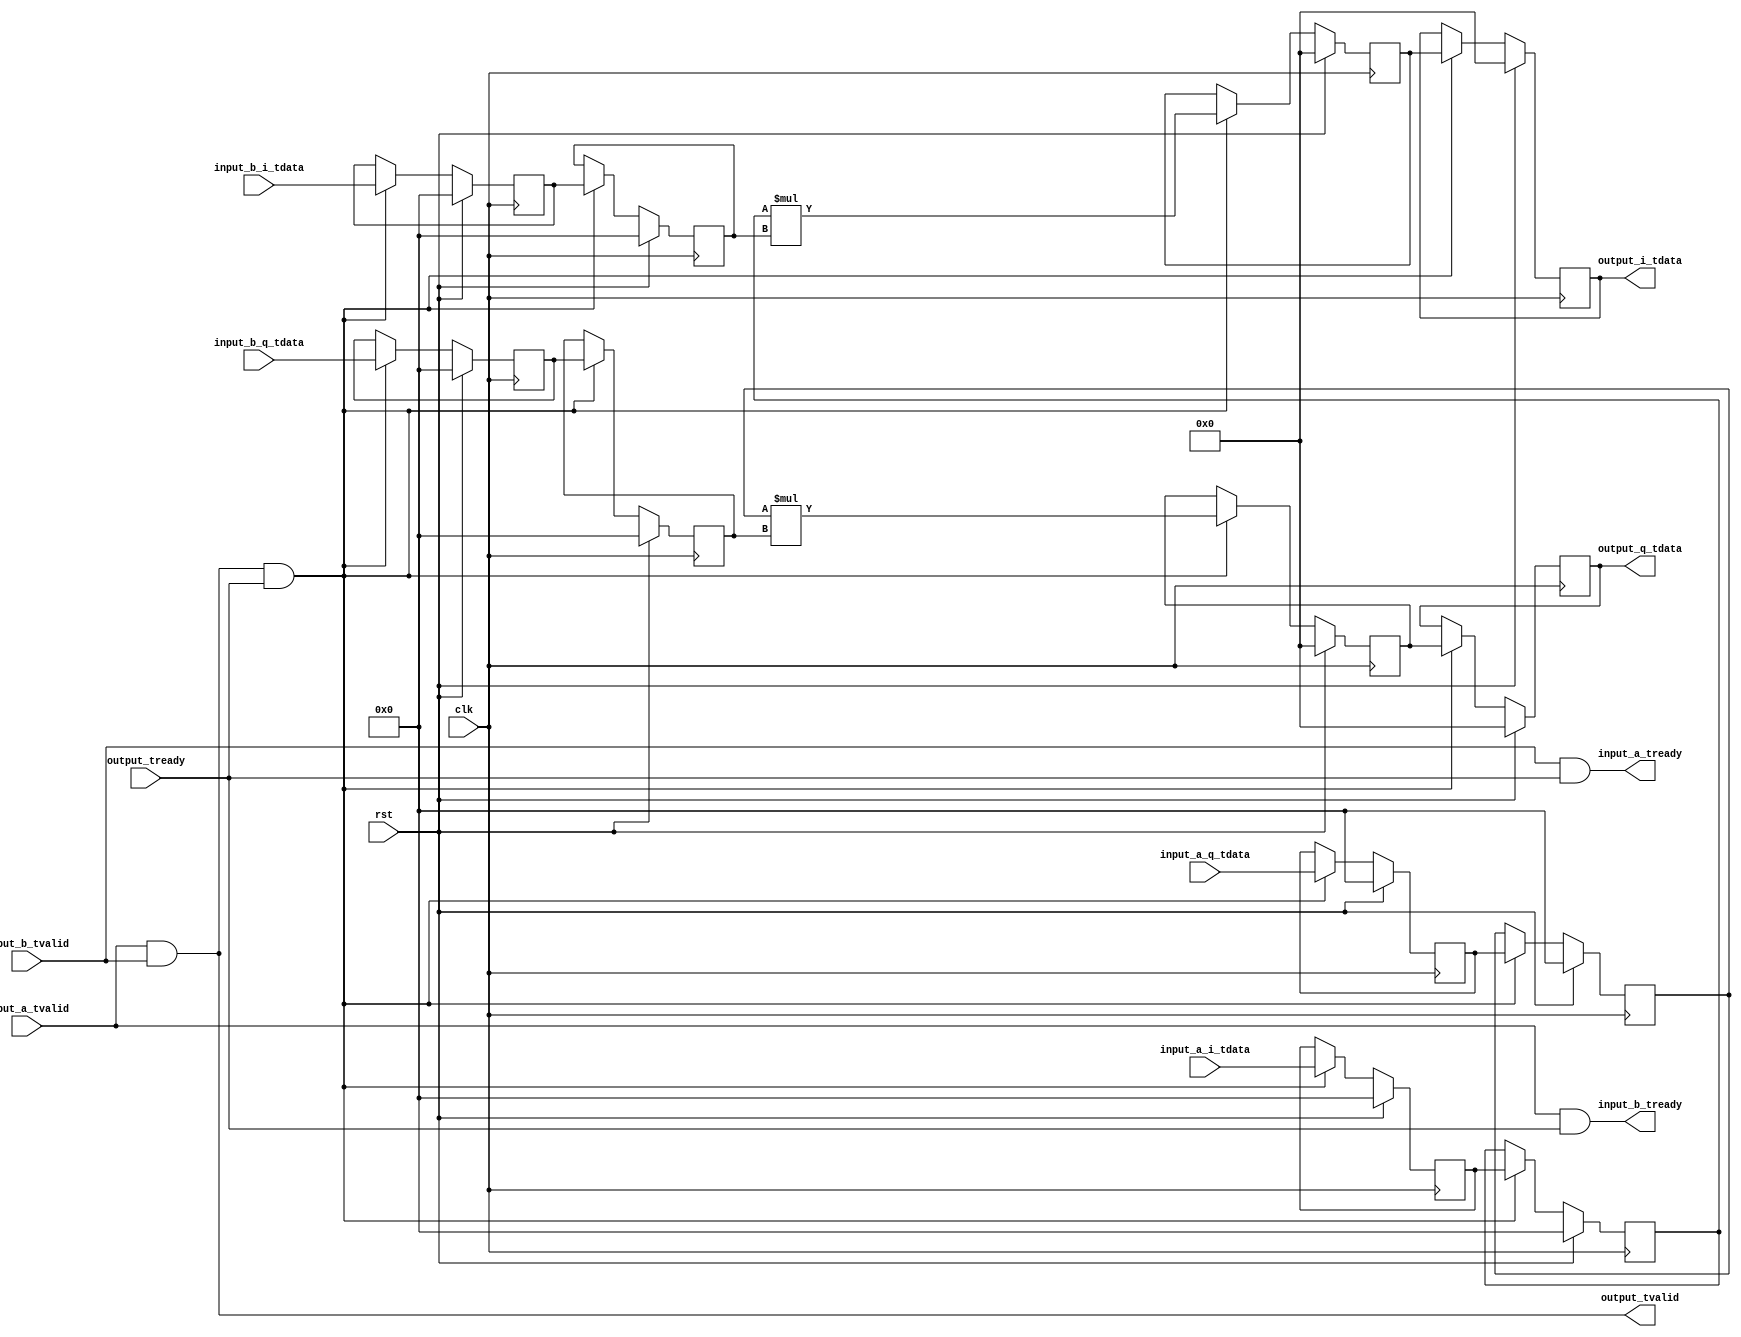
module dsp_iq_mult #
(
    parameter WIDTH = 16
)
(
    input  wire                  clk,
    input  wire                  rst,

    /*
     * AXI stream inputs
     */
    input  wire [WIDTH-1:0]      input_a_i_tdata,
    input  wire [WIDTH-1:0]      input_a_q_tdata,
    input  wire                  input_a_tvalid,
    output wire                  input_a_tready,

    input  wire [WIDTH-1:0]      input_b_i_tdata,
    input  wire [WIDTH-1:0]      input_b_q_tdata,
    input  wire                  input_b_tvalid,
    output wire                  input_b_tready,

    /*
     * AXI stream output
     */
    output wire [(WIDTH*2)-1:0]  output_i_tdata,
    output wire [(WIDTH*2)-1:0]  output_q_tdata,
    output wire                  output_tvalid,
    input  wire                  output_tready
);

reg [WIDTH-1:0] input_a_i_reg_0 = 0;
reg [WIDTH-1:0] input_a_q_reg_0 = 0;
reg [WIDTH-1:0] input_a_i_reg_1 = 0;
reg [WIDTH-1:0] input_a_q_reg_1 = 0;

reg [WIDTH-1:0] input_b_i_reg_0 = 0;
reg [WIDTH-1:0] input_b_q_reg_0 = 0;
reg [WIDTH-1:0] input_b_i_reg_1 = 0;
reg [WIDTH-1:0] input_b_q_reg_1 = 0;

reg [(WIDTH*2)-1:0] output_i_reg_0 = 0;
reg [(WIDTH*2)-1:0] output_q_reg_0 = 0;
reg [(WIDTH*2)-1:0] output_i_reg_1 = 0;
reg [(WIDTH*2)-1:0] output_q_reg_1 = 0;

wire transfer = input_a_tvalid & input_b_tvalid & output_tready;

assign input_a_tready = input_b_tvalid & output_tready;
assign input_b_tready = input_a_tvalid & output_tready;

assign output_i_tdata = output_i_reg_1;
assign output_q_tdata = output_q_reg_1;
assign output_tvalid = input_a_tvalid & input_b_tvalid;

always @(posedge clk) begin
    if (rst) begin
        input_a_i_reg_0 <= 0;
        input_a_q_reg_0 <= 0;
        input_a_i_reg_1 <= 0;
        input_a_q_reg_1 <= 0;

        input_b_i_reg_0 <= 0;
        input_b_q_reg_0 <= 0;
        input_b_i_reg_1 <= 0;
        input_b_q_reg_1 <= 0;

        output_i_reg_0 <= 0;
        output_q_reg_0 <= 0;
        output_i_reg_1 <= 0;
        output_q_reg_1 <= 0;
    end else begin
        if (transfer) begin
            // pipeline for Xilinx DSP slice

            // register
            input_a_i_reg_0 <= input_a_i_tdata;
            input_a_q_reg_0 <= input_a_q_tdata;
            input_b_i_reg_0 <= input_b_i_tdata;
            input_b_q_reg_0 <= input_b_q_tdata;

            // pipeline
            input_a_i_reg_1 <= input_a_i_reg_0;
            input_a_q_reg_1 <= input_a_q_reg_0;
            input_b_i_reg_1 <= input_b_i_reg_0;
            input_b_q_reg_1 <= input_b_q_reg_0;

            // multiply
            output_i_reg_0 <= $signed(input_a_i_reg_1) * $signed(input_b_i_reg_1);
            output_q_reg_0 <= $signed(input_a_q_reg_1) * $signed(input_b_q_reg_1);

            // pipeline
            output_i_reg_1 <= output_i_reg_0;
            output_q_reg_1 <= output_q_reg_0;
        end
    end
end

endmodule